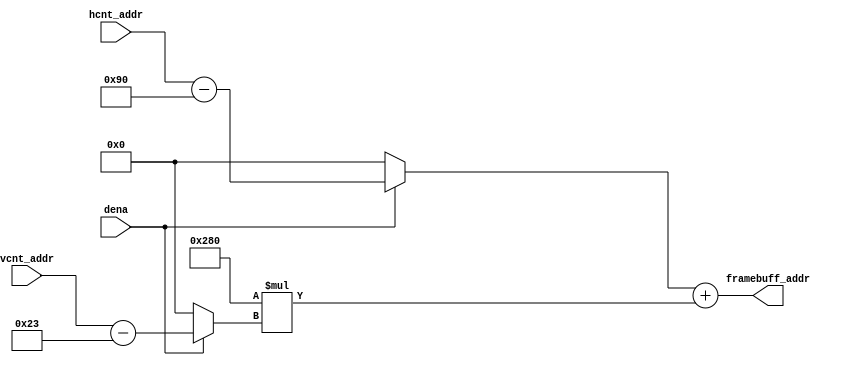
// this unit is made for Sockit board
// calculate framebuffer address from {hcnt_addr, vcnt_addr}
// the idea here is that we allow input address to pass if Display_EN = 1
// VGA resolution is 640x480

module vga_framebuffer_addr_generator (hcnt_addr, vcnt_addr, dena, framebuff_addr);
input [9:0] hcnt_addr, vcnt_addr;
input dena;
output reg [18:0] framebuff_addr;


reg [9:0] hcnt_var, vcnt_var;
reg [9:0] x, y;

always @(*)
begin
	if(dena)
		begin 
			hcnt_var = hcnt_addr - 10'b0010010000;
			vcnt_var = vcnt_addr - 10'b0000100011;
		end
	else
		begin
			hcnt_var = 0;
			vcnt_var = 0;
		end
	framebuff_addr = hcnt_var + 10'b1010000000*(vcnt_var);
end 

endmodule